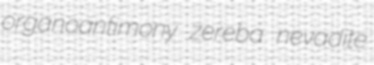
organoantimony zereba nevadite